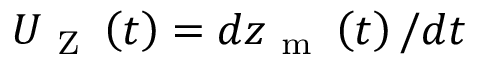
{ U _ { \mathrm { ~ Z ~ } } } \left( t \right) = d z _ { \mathrm { ~ m ~ } } \left( t \right) / d t